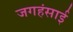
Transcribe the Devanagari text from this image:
जगहंसाई